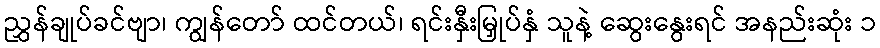
ညွှန်ချုပ်ခင်ဗျာ၊ ကျွန်တော် ထင်တယ်၊ ရင်းနှီးမြှုပ်နှံ သူနဲ့ ဆွေးနွေးရင် အနည်းဆုံး ၁